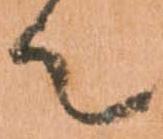
て